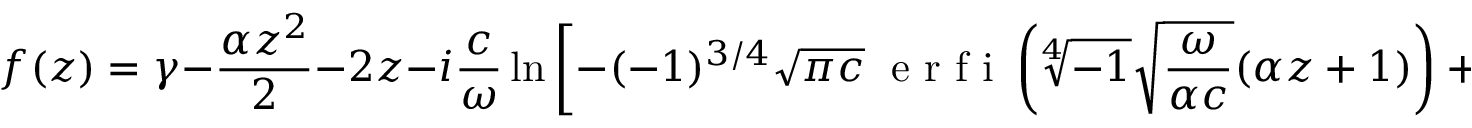
f ( z ) = \gamma - \frac { \alpha z ^ { 2 } } { 2 } - 2 z - i \frac { c } { \omega } \ln \left[ - ( - 1 ) ^ { 3 / 4 } \sqrt { \pi c } \; \mathrm { ~ e ~ r ~ f ~ i ~ } \left( \sqrt [ 4 ] { - 1 } \sqrt { \frac { \omega } { \alpha c } } ( \alpha z + 1 ) \right) + 2 \beta _ { 1 } \sqrt { \alpha \omega } \; \exp \left( \frac { i } { \alpha } \frac { \omega } { c } \right) \right] ,